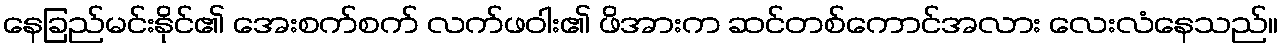
နေခြည်မင်းနိုင်၏ အေးစက်စက် လက်ဖဝါး၏ ဖိအားက ဆင်တစ်ကောင်အလား လေးလံနေသည်။